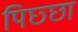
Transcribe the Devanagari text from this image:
पिछ्छा